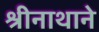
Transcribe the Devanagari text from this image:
श्रीनाथाने